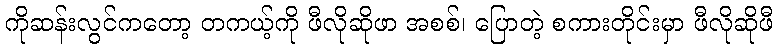
ကိုဆန်းလွင်ကတော့ တကယ့်ကို ဖီလိုဆိုဖာ အစစ်၊ ပြောတဲ့ စကားတိုင်းမှာ ဖီလိုဆိုဖီ